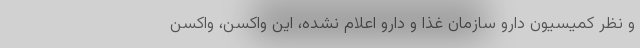
و نظر کمیسیون دارو سازمان غذا و دارو اعلام نشده، این واکسن، واکسن